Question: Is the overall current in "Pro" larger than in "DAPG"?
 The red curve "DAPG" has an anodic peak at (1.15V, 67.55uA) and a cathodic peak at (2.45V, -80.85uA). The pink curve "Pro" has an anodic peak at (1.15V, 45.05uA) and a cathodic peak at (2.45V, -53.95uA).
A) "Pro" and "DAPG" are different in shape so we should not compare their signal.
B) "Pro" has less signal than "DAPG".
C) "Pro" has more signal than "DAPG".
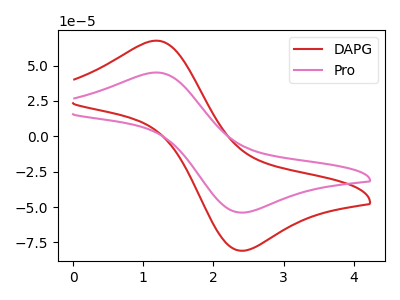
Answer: <think>All the peaks in "Pro" have a peak in "DAPG" at the same potential. Every peak in "Pro" is lower than every peak in "DAPG".
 </think>
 <answer>B) "Pro" has less signal than "DAPG".</answer>
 <eval>B</eval>